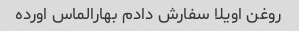
روغن اویلا سفارش دادم بهارالماس اورده